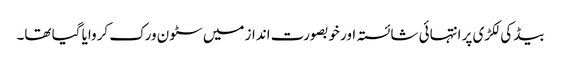
بیڈ کی لکڑی پر انتہائی شائستہ اور خوبصورت انداز میں سٹون ورک کروایا گیا تھا۔